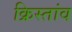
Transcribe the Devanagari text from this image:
क्रिस्तांव